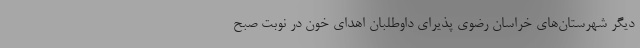
دیگر شهرستان‌های خراسان رضوی پذیرای داوطلبان اهدای خون در نوبت صبح